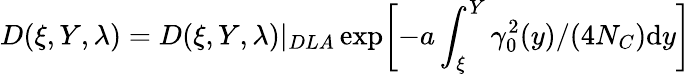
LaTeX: D(\xi,Y,\lambda)=D(\xi,Y,\lambda)|_{DLA}\exp\biggl[-a\int_{\xi}^{Y}\gamma_{0}^{2}(y)/(4N_{C})\mathrm{d}y\biggr]